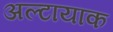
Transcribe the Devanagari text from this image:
अल्टायाक